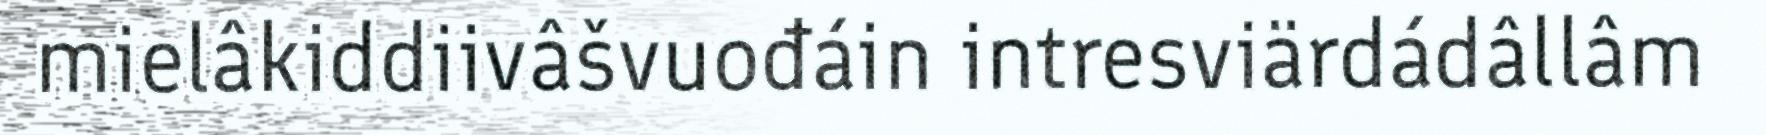
mielâkiddiivâšvuođáin intresviärdádâllâm